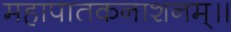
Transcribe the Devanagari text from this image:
महापातकनाशनम्‌॥